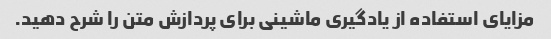
مزایای استفاده از یادگیری ماشینی برای پردازش متن را شرح دهید.